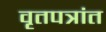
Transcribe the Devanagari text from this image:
वृतपत्रांत